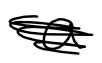
Text: a
Cross-out: scratch
Writing tool: digital_black